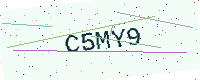
Text: C5MY9